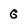
Character: G